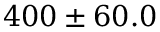
4 0 0 \pm 6 0 . 0